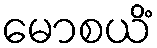
မောစယိံ